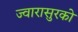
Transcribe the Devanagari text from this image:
ज्वारासुरको